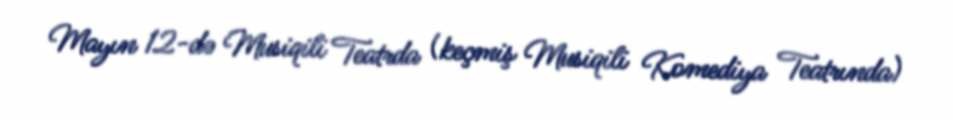
Mayın 12-də Musiqili Teatrda (keçmiş Musiqili Komediya Teatrında)